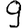
Digit: 9